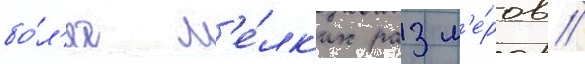
бо́л'ее м'е́лк'их разм'е́ров /